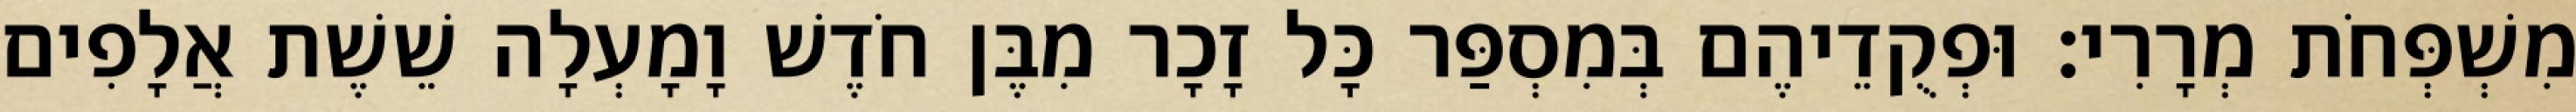
מִשְׁפְּחֹת מְרָרִי׃ וּפְקֻדֵיהֶם בְּמִסְפַּר כָּל זָכָר מִבֶּן חֹדֶשׁ וָמָעְלָה שֵׁשֶׁת אֲלָפִים